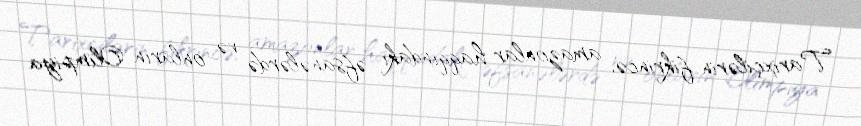
Tarixçilərin fikrincə, amazonlar haqqındakı əfsanələrdə və onların Olimpiya